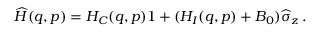
\widehat { H } ( q , p ) = H _ { C } ( q , p ) \boldsymbol { 1 } + ( H _ { I } ( q , p ) + B _ { 0 } ) \widehat { \sigma } _ { z } \, .